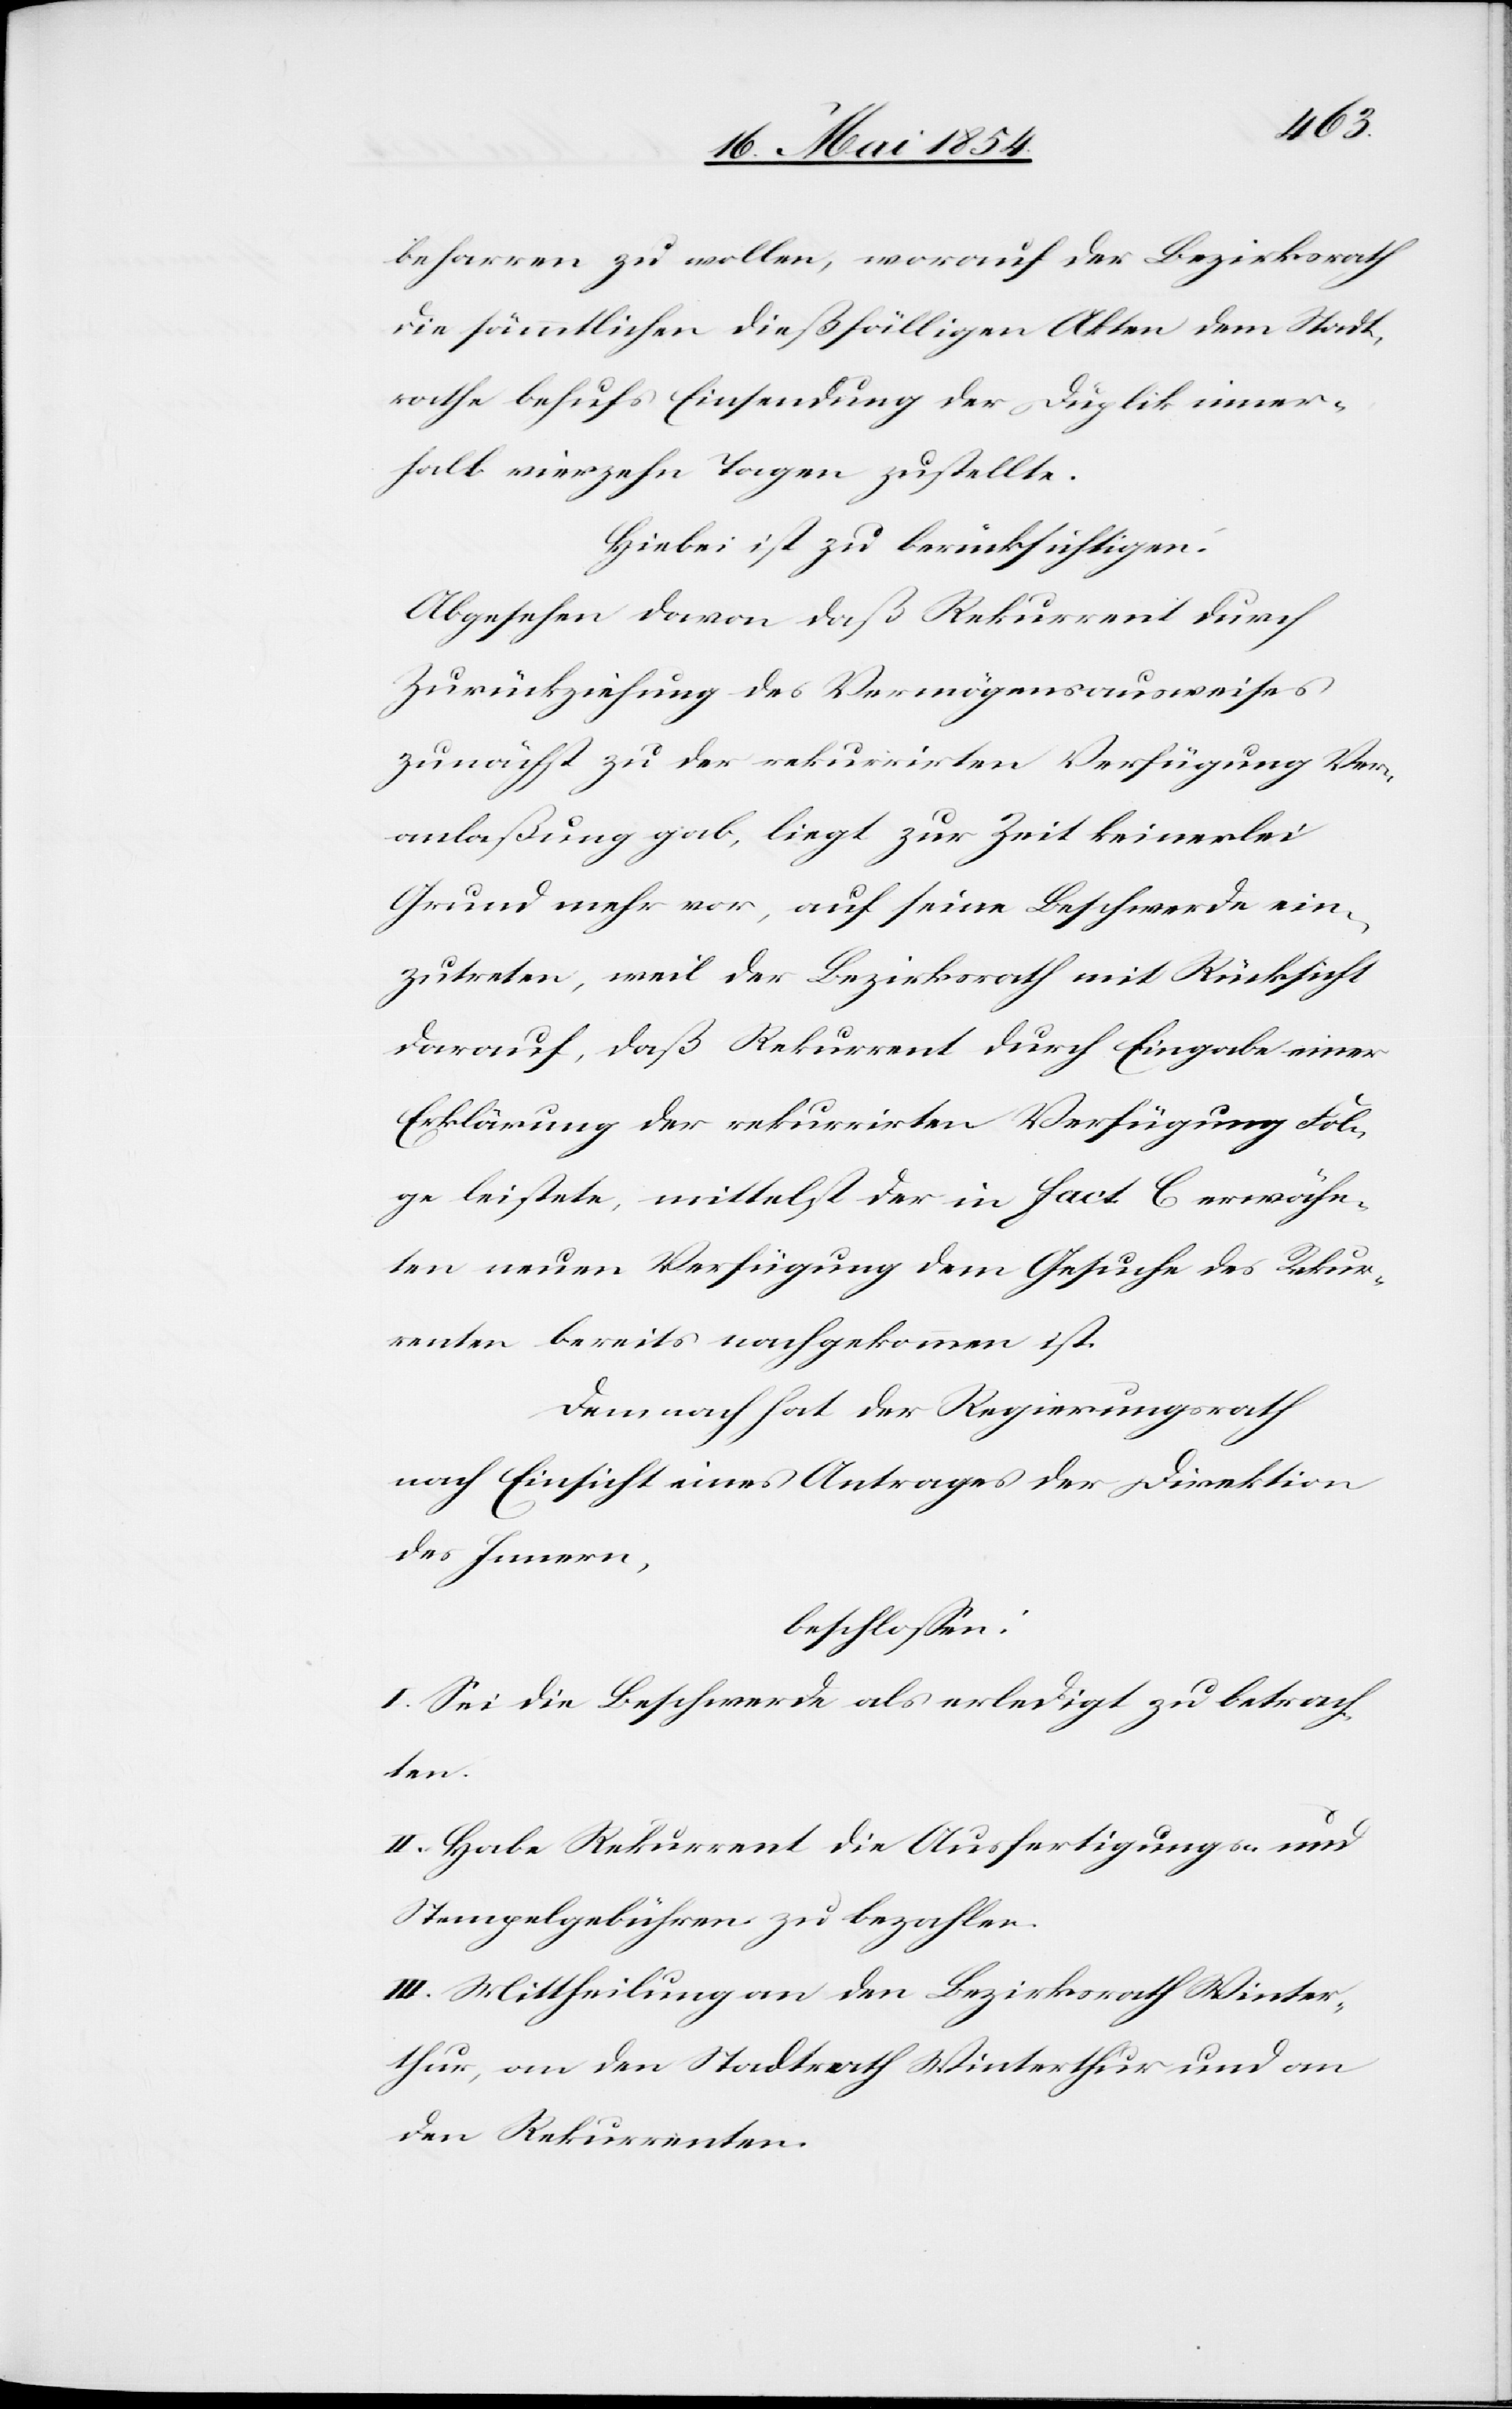
beharren zu wollen, worauf der Bezirksrath
die sämmtlichen dießfälligen Akten dem Stadt¬
rathe behufs Einsendung der Duplik inner¬
halb vierzehn Tagen zustellte.
Hiebei ist zu berücksichtigen:
Abgesehen davon, daß Rekurrent durch
Zurückziehung des Vermögensausweises
zunächst zu der rekurrirten Verfügung Ver¬
anlaßung gab, liegt zur Zeit keinerlei
Grund mehr vor, auf seine Beschwerde ein¬
zutreten, weil der Bezirksrath mit Rücksicht
darauf, daß Rekurrent durch Eingabe einer
Erklärung der rekurrirten Verfügung Fol¬
ge leistete, mittelst der in fact. C erwähn¬
ten neuen Verfügung dem Gesuche des Rekur¬
renten bereits nachgekommen ist.
Demnach hat der Regierungsrath
nach Einsicht eines Antrages der Direktion
des Innern,
beschloßen:
I. Sei die Beschwerde als erledigt zu betrach¬
ten.
II. Habe Rekurrent die Ausfertigungs- und
Stempelgebühren zu bezahlen.
III. Mittheilung an den Bezirksrath Winter¬
thur, an den Stadtrath Winterthur und an
den Rekurrenten.